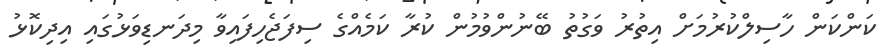
ކަންކަން ހާސިލްކުރުމަށް އިތުރު ވަގުތު ބޭނުންވުމުން ކުރާ ކަމެއްގެ ސިފަޖެހިފައިވާ މިދަނޑިވަޅުގައި އިދިކޮޅު